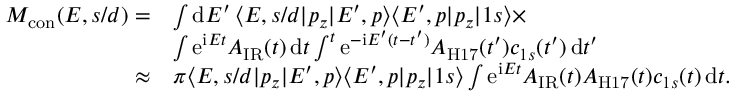
\begin{array} { r l } { M _ { \mathrm { { c o n } } } ( E , s / d ) = } & { \int \mathrm d E ^ { \prime } \, \langle E , s / d | p _ { z } | E ^ { \prime } , p \rangle \langle E ^ { \prime } , p | p _ { z } | 1 s \rangle \times } \\ & { \int \mathrm e ^ { \mathrm i E t } A _ { \mathrm { I R } } ( t ) \, \mathrm d t \int ^ { t } \mathrm e ^ { - \mathrm i E ^ { \prime } ( t - t ^ { \prime } ) } A _ { \mathrm { H 1 7 } } ( t ^ { \prime } ) c _ { 1 s } ( t ^ { \prime } ) \, \mathrm d t ^ { \prime } } \\ { \approx } & { \pi \langle E , s / d | p _ { z } | E ^ { \prime } , p \rangle \langle E ^ { \prime } , p | p _ { z } | 1 s \rangle \int \mathrm e ^ { \mathrm i E t } A _ { \mathrm { I R } } ( t ) A _ { \mathrm { H 1 7 } } ( t ) c _ { 1 s } ( t ) \, \mathrm d t . } \end{array}